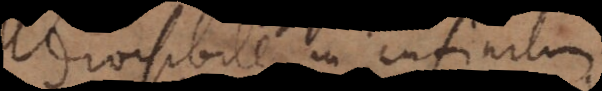
divisibile in infinitum